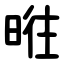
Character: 暀